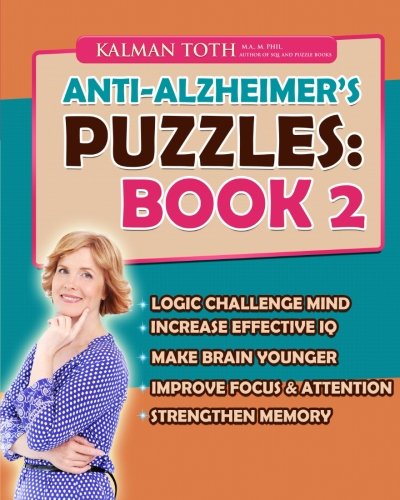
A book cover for Anti-Alzheimer's Puzzles: Book 2: Brain Fitness Bootcamp; Kalman Toth M.A. M.PHIL.; Humor & Entertainment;